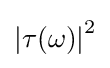
\left|\tau (\omega )\right|^{2}